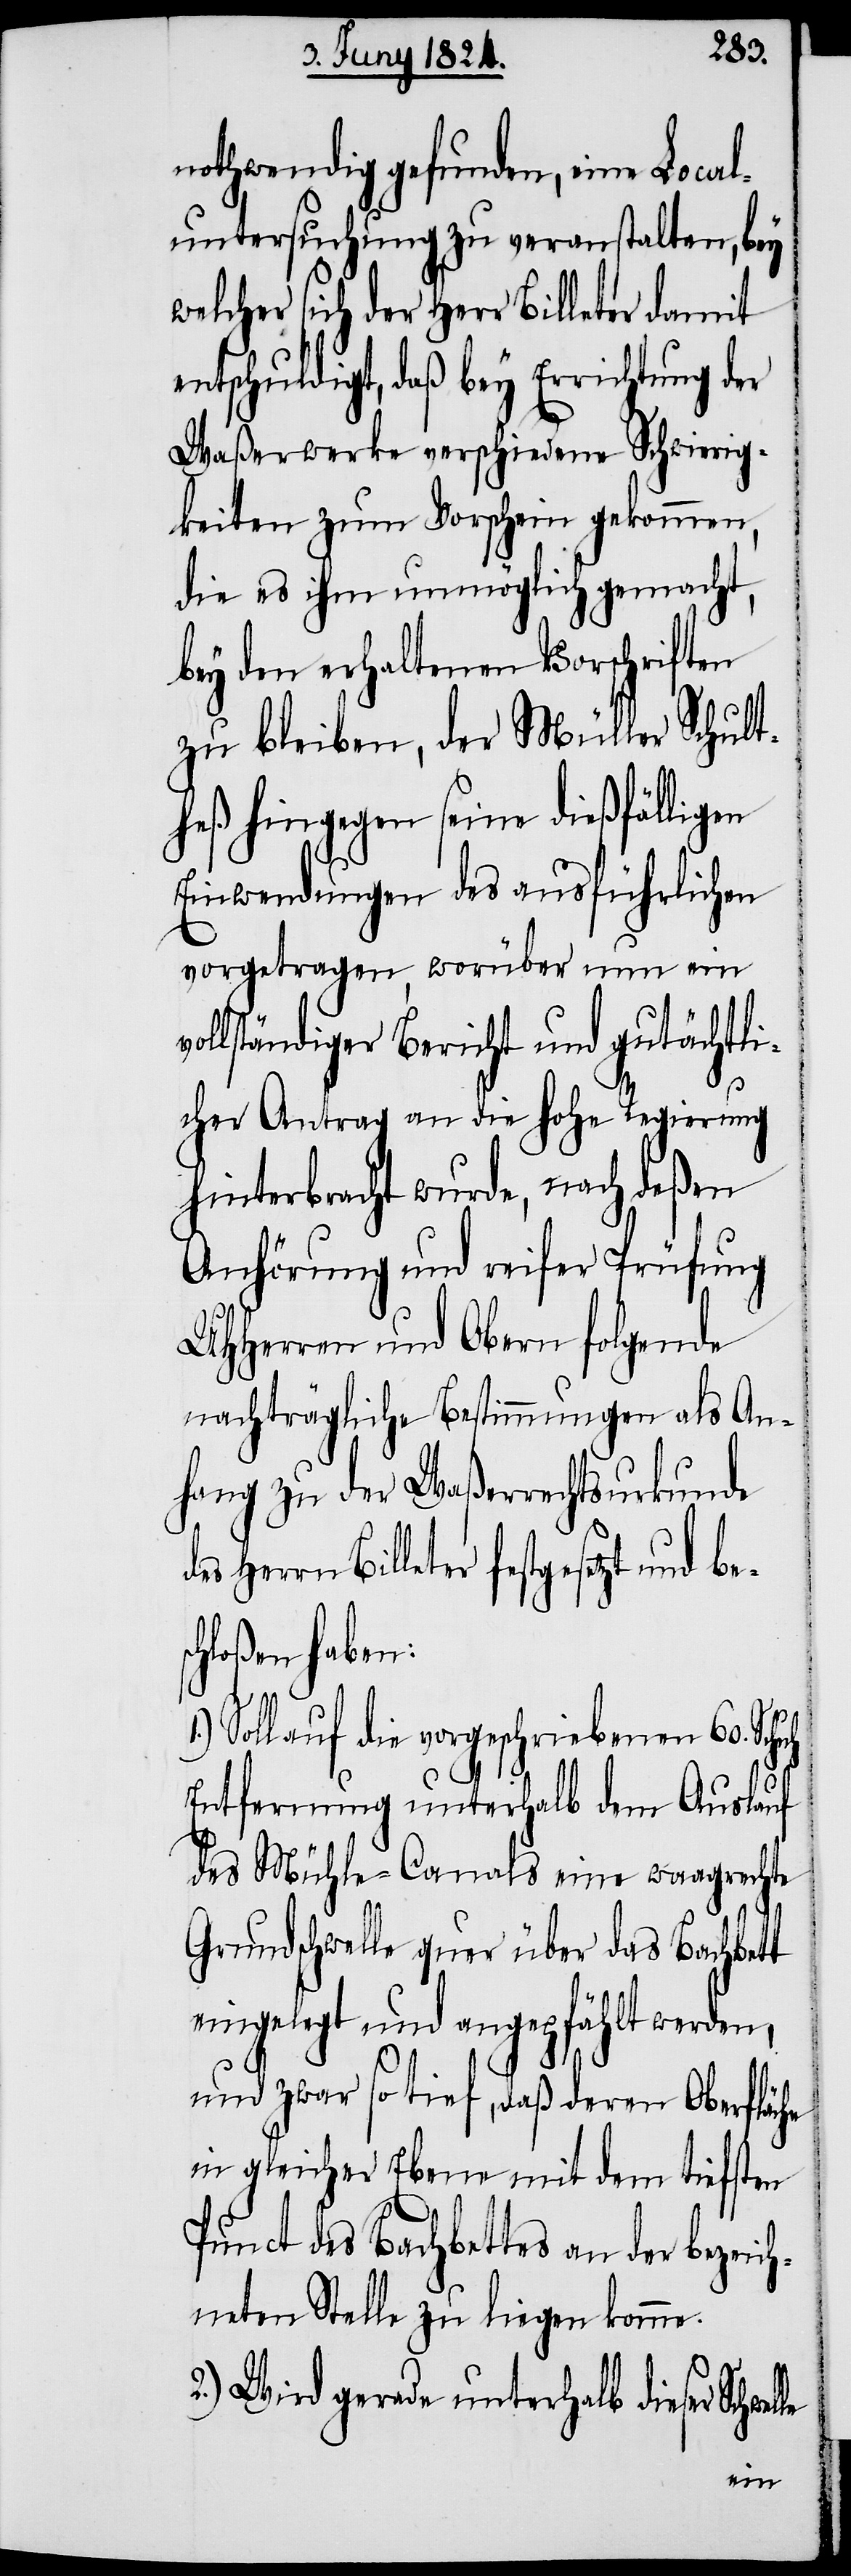
nothwendig gefunden, eine Local¬
untersuchung zu veranstalten, bey
welcher sich der Herr Billeter damit
entschuldigt, daß bey Errichtung der
Waßerwerke verschiedene Schwierig¬
keiten zum Vorschein gekommen,
die es ihm unmöglich gemacht,
bey den erhaltenen Vorschriften
zu bleiben, der Müller Schult¬
heß hingegen seine dießfälligen
Einwendungen des ausführlichen
vorgetragen, worüber nun ein v¬
ollständiger Bericht und gutächtli¬
cher Antrag an die hohe Regierung
hinterbracht wurde, nach deßen
Anhörung und reifer Prüfung
UHHerren und Obern folgende
nachträgliche Bestimmungen als An¬
fang zu der Waßerrechtsurkunde
Herrn Billeter festgesetzt und
chloßen haben:
Soll auf die vorgeschriebenen 60. Schuh
Entfernung unterhalb dem Auslauf
des Mühle-Canals eine waagrechte
Grundschwelle quer über das Bachbett
eingelegt und angepfählt werden,
und zwar so tief, daß deren Oberfläche
in gleicher Ebene mit dem tiefsten
Punct des Nachbettes an der bezeich¬
neten Stelle zu liegen komme.
2.) Wird gerade unterhalb dieser Schwel¬
le